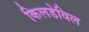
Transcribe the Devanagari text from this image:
किलडेविल